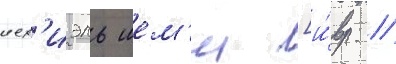
иех'иэль шем'и [и́вр. //